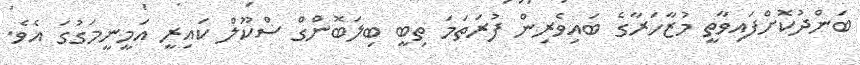
ބަންދުކޮށްފައިވާތީ މުޒާހަރާގެ ބައިވެރިން ފުރަތަމަ ތިބީ ބިލަބޮންގް ސްކޫލް ކައިރީ އަމީނީމަގުގަ އެވެ.